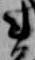
ま